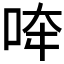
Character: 𱒪